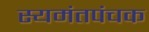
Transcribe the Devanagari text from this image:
स्यमंतपंचक